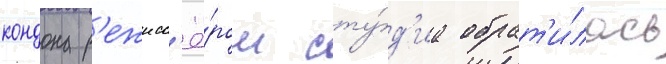
кондона р'ежисс'ё́ром сту́д'иа обрат'и́лась